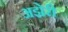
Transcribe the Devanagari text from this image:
अझेरी